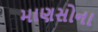
માણસોના